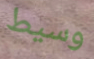
وسيط